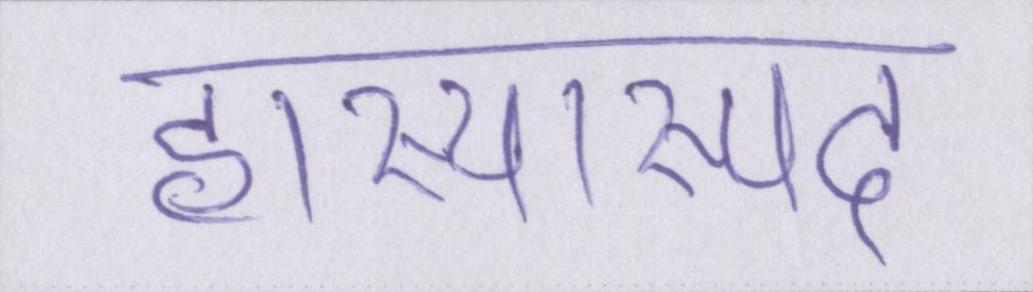
हास्यास्पद